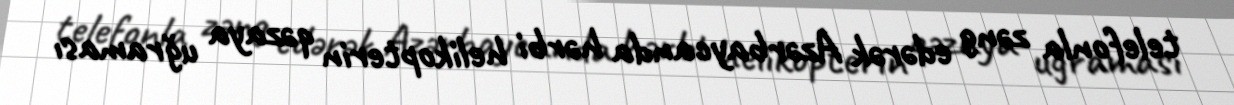
telefonla zəng edərək Azərbaycanda hərbi helikopterin qəzaya uğraması